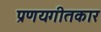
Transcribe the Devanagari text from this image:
प्रणयगीतकार